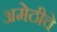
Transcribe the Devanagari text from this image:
अमेठीचे